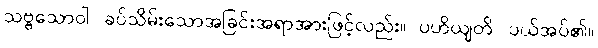
သဗ္ဗသောဝါ၊ ခပ်သိမ်းသောအခြင်းအရာအားဖြင့်လည်း။ ပဟိယျတိ၊ ပယ်အပ်၏။